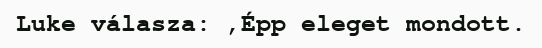
Luke válasza: ,Épp eleget mondott.